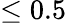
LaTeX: \leq 0.5